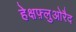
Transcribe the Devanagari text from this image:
हेक्षफ़्लुओरैद